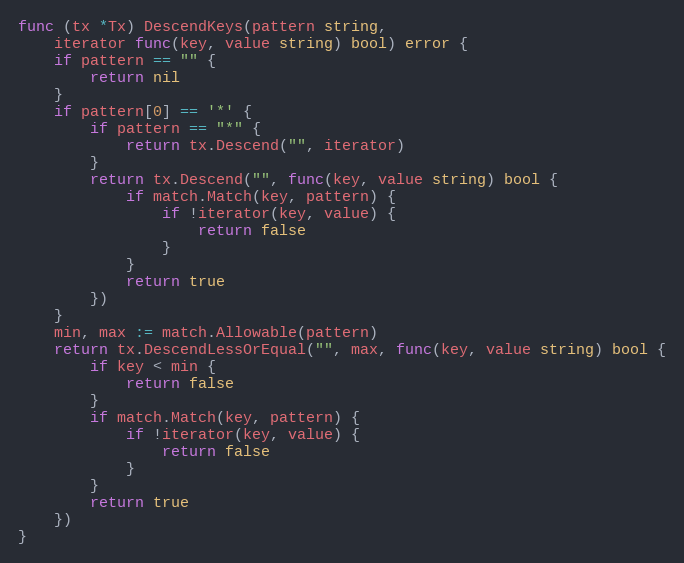
Language: Go
func (tx *Tx) DescendKeys(pattern string,
	iterator func(key, value string) bool) error {
	if pattern == "" {
		return nil
	}
	if pattern[0] == '*' {
		if pattern == "*" {
			return tx.Descend("", iterator)
		}
		return tx.Descend("", func(key, value string) bool {
			if match.Match(key, pattern) {
				if !iterator(key, value) {
					return false
				}
			}
			return true
		})
	}
	min, max := match.Allowable(pattern)
	return tx.DescendLessOrEqual("", max, func(key, value string) bool {
		if key < min {
			return false
		}
		if match.Match(key, pattern) {
			if !iterator(key, value) {
				return false
			}
		}
		return true
	})
}